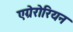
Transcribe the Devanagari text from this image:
एग्रेरोरियन